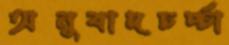
অনুবাদচর্চ্চা